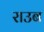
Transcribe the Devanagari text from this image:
राउब